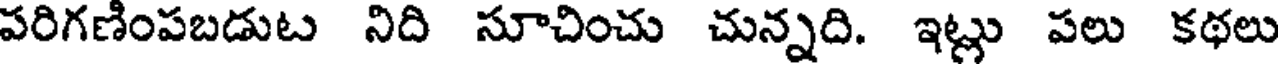
పరిగణింపబడుట నిది సూచించు చున్నది. ఇట్లు పలు కథలు